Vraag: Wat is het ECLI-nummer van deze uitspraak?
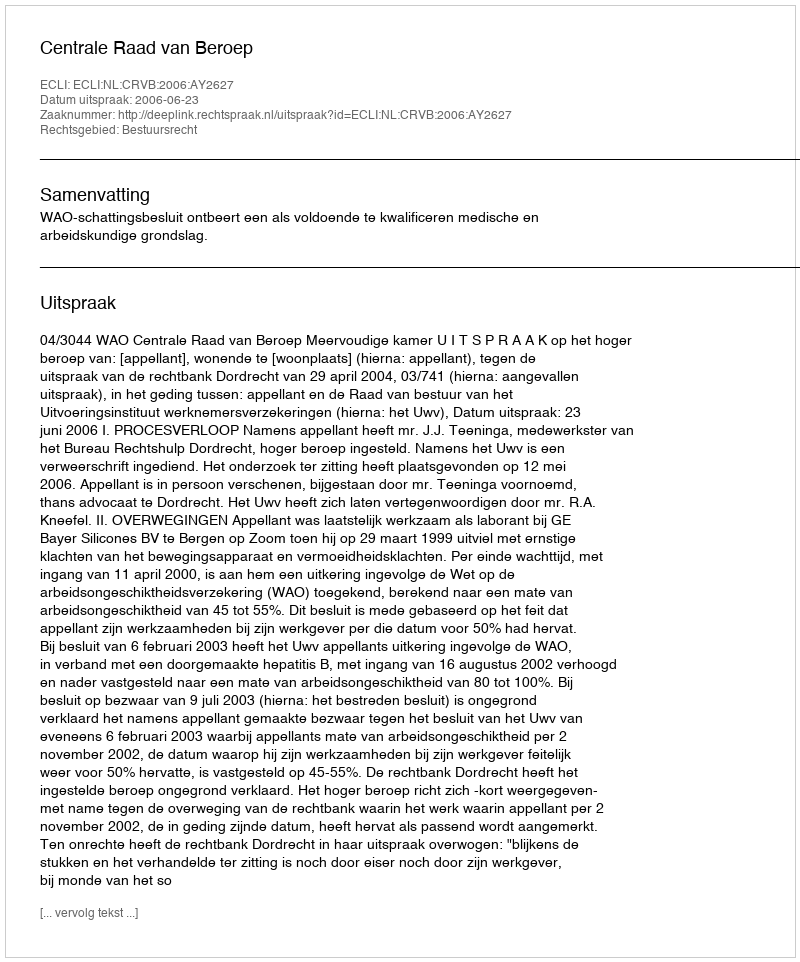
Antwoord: ECLI:NL:CRVB:2006:AY2627